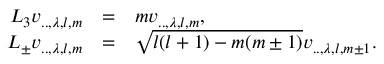
\begin{array} { r c l } { { L _ { 3 } v _ { . . , \lambda , l , m } } } & { { = } } & { { m v _ { . . , \lambda , l , m } , } } \\ { { L _ { \pm } v _ { . . , \lambda , l , m } } } & { { = } } & { { \sqrt { l ( l + 1 ) - m ( m \pm 1 ) } v _ { . . , \lambda , l , m \pm 1 } . } } \end{array}